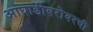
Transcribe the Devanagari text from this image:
आघाडीबरोबरची